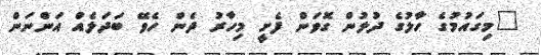
"މިގައުމުގެ ހާލުގެ ދުލުން ގޮވަން ފެށީ މިހާރު ދެން ހެވޭ ބަދަލެއް އަންނަން